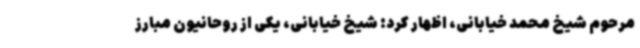
مرحوم شیخ محمد خیابانی، اظهار کرد: شیخ خیابانی، یکی از روحانیون مبارز